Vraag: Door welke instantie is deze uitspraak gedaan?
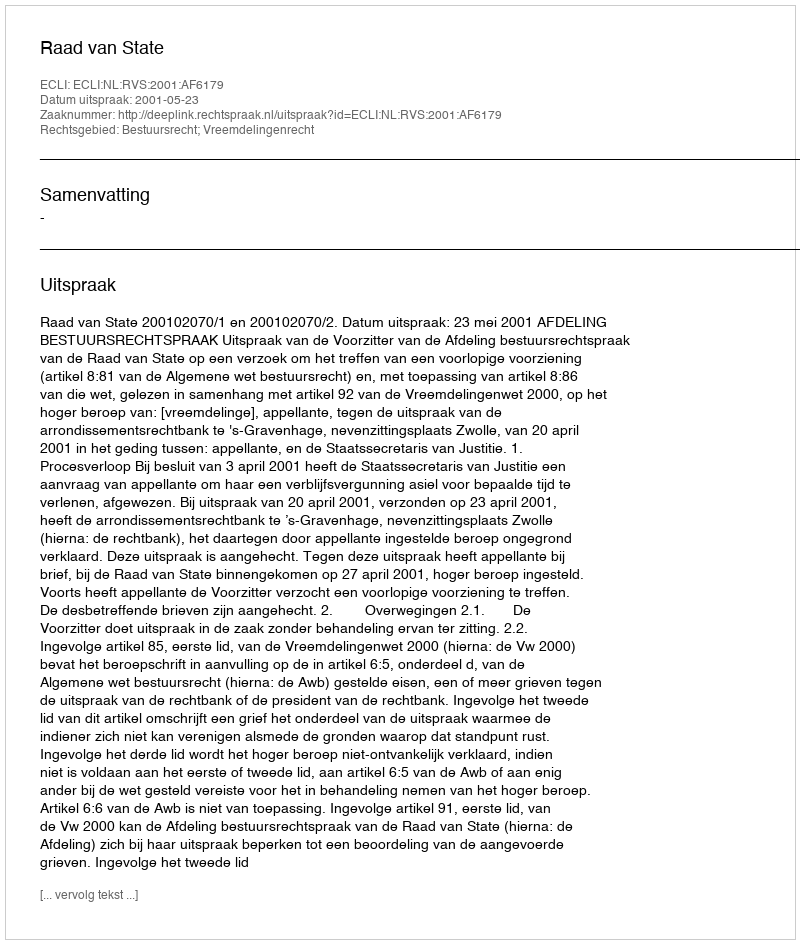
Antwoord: Raad van State